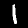
Digit: 1